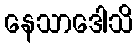
နေသာဒေါသိ